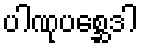
ပါဏုပစ္ဆေဒါ